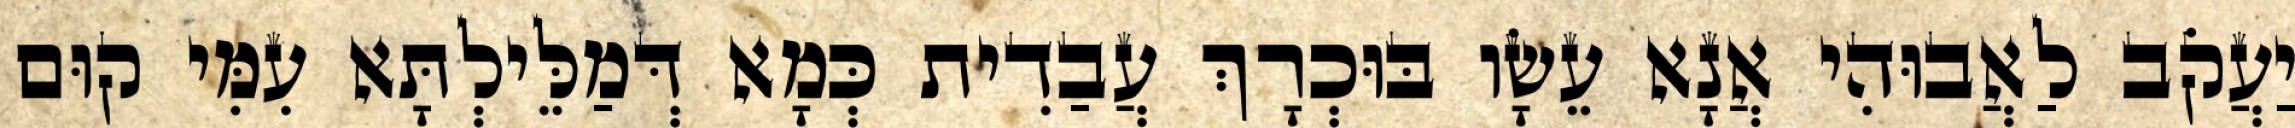
יַעֲקֹב לַאֲבוּהִי אֲנָא עֵשָׂו בּוּכְרָךְ עֲבַדִית כְּמָא דְּמַלֵּילְתָּא עִמִּי קוּם